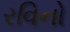
રવિનો